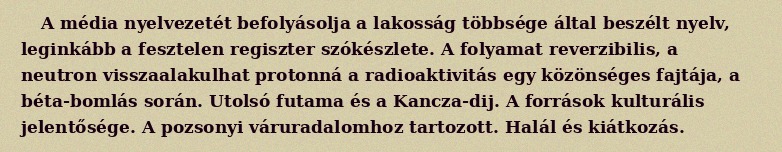
A média nyelvezetét befolyásolja a lakosság többsége által beszélt nyelv, leginkább a fesztelen regiszter szókészlete. A folyamat reverzibilis, a neutron visszaalakulhat protonná a radioaktivitás egy közönséges fajtája, a béta-bomlás során. Utolsó futama és a Kancza-dij. A források kulturális jelentősége. A pozsonyi váruradalomhoz tartozott. Halál és kiátkozás.